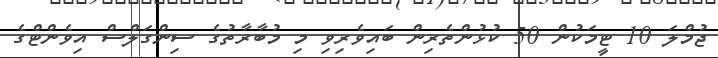
ޖުމްލަ 10 ޓީމަކުން 50 ކުޅުންތެރިން ބައިވެރިވި މި މުބާރާތުގެ ސިންގަލްސް އިވެންޓްގެ